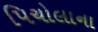
પિચોલાના